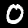
Label: 0